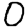
Digit: 0